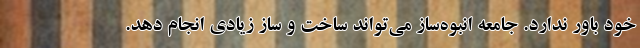
خود باور ندارد. جامعه انبوه‌ساز می‌تواند ساخت و ساز زیادی انجام دهد.